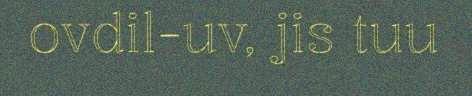
ovdil-uv, jis tuu